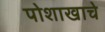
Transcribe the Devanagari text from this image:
पोशाखाचे